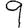
Digit: 9